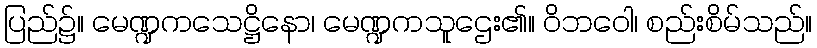
ပြည်၌။ မေဏ္ဍကသေဋ္ဌိနော၊ မေဏ္ဍကသူဌေး၏။ ဝိဘဝေါ၊ စည်းစိမ်သည်။